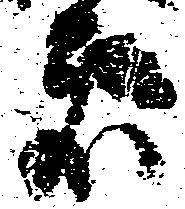
者